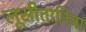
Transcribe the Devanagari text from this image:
लूसीतानिया